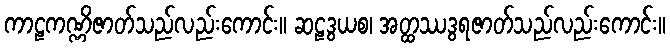
ကာဠကဏ္ဏိဇာတ်သည်လည်းကောင်း။ ဆဠဒွယစ၊ အတ္ထဿဒွရဇာတ်သည်လည်းကောင်း။